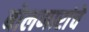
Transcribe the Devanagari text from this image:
बोलणारांचे